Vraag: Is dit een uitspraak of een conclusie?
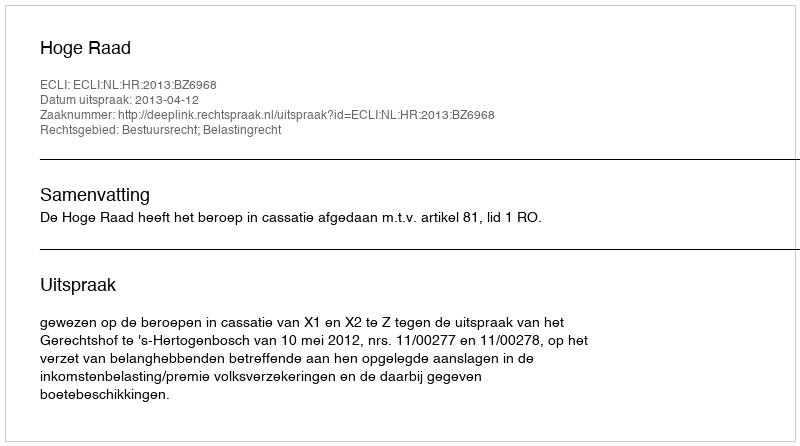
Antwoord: Uitspraak